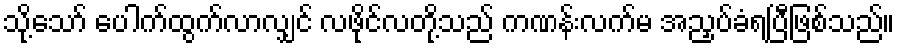
သို့သော် ပေါက်ထွက်လာလျှင် လဖိုင်လတို့သည် ကဏန်းလက်မ အညှပ်ခံရပြီဖြစ်သည်။